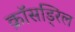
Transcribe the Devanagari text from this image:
क्रॉसड्रिल